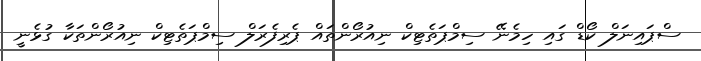
ސްޕައިނަލް ކޯޑް ގައި ހިމެނޭ ސިމްޕަތެޓިކް ނިއުރޯންތައް ޕެރިފެރަލް ސިމްޕަތެޓިކް ނިއުރޯންތަކާ ގުޅެނީ